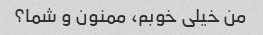
من خیلی خوبم، ممنون و شما؟